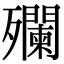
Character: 𣩼